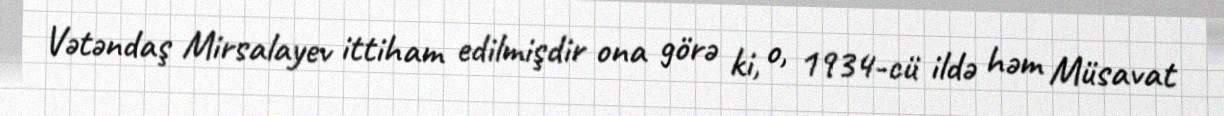
Vətəndaş Mirsalayev ittiham edilmişdir ona görə ki, o, 1934-cü ildə həm Müsavat